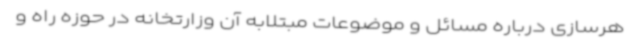
هرسازی درباره مسائل و موضوعات مبتلابه آن وزارتخانه در حوزه راه و